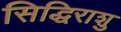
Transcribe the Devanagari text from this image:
सिद्धिराशु